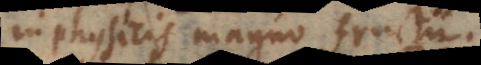
in physicis magno fructu